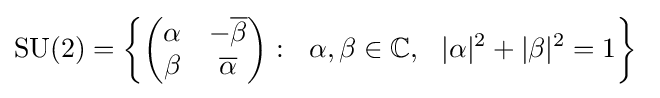
\operatorname {SU} (2)=\left\{{\begin{pmatrix}\alpha &-{\overline {\beta }}\\\beta &{\overline {\alpha }}\end{pmatrix}}:\ \ \alpha ,\beta \in \mathbb {C} ,\ \ |\alpha |^{2}+|\beta |^{2}=1\right\}~